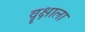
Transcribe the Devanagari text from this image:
वॄक्षाला